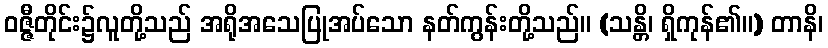
ဝဇ္ဇီတိုင်း၌လူတို့သည် အရိုအသေပြုအပ်သော နတ်ကွန်းတို့သည်။ (သန္တိ၊ ရှိကုန်၏။) တာနိ၊